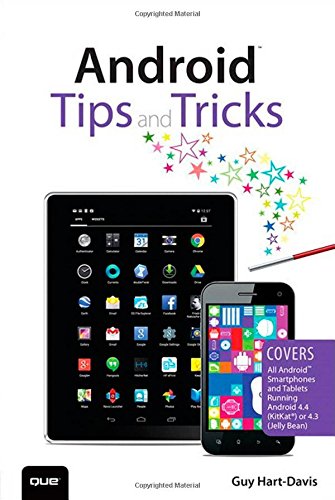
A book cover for Android Tips and Tricks; Guy Hart-Davis; Computers & Technology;